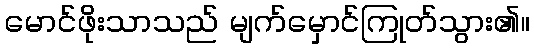
မောင်ဖိုးသာသည် မျက်မှောင်ကြုတ်သွား၏။